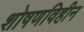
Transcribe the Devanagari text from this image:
शोषणविहीन